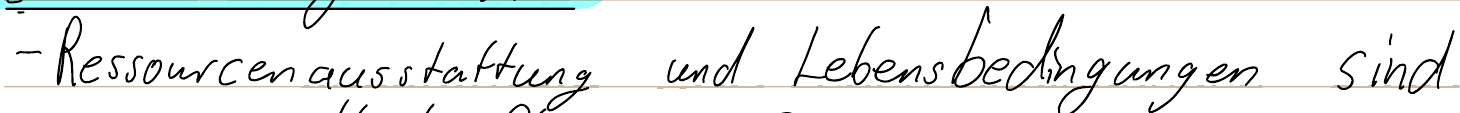
- Ressourcenausstattung und Lebensbedingungen sin